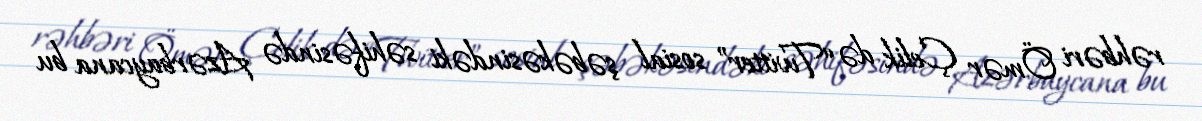
rəhbəri Ömər Çelik də “Twitter” sosial şəbəkəsindəki səhifəsində Azərbaycana bu